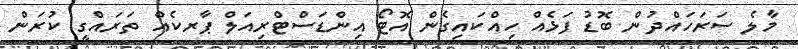
މާލެ ސަރަހައްދުން ބޮޑު ފަޅެއް ހިއްކައިގެން އޮޓޯ އިންޑަސްޓްރިއަލް ޕާރކެއް ތަރައްގީ ކުރަން